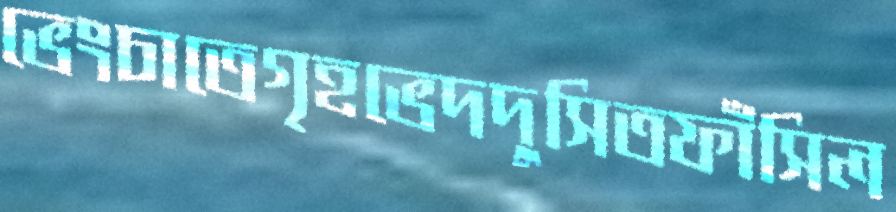
ভেংচাতেগৃহভেদদুসিতফাঁসিল